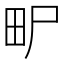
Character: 𤰨